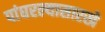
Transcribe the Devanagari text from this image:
पांघरल्यासारखे